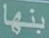
بنها